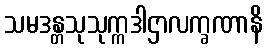
သမဒန္တသုသုက္ကဒါဌာလက္ခဏာနိ